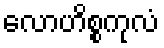
လောဟိစ္စကုလံ